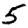
Digit: 5